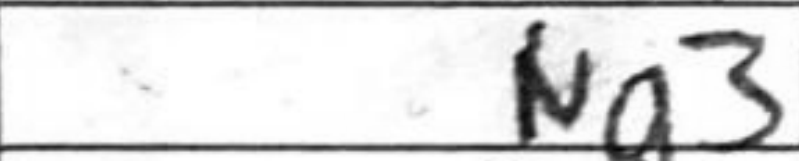
Transcription: Ng3